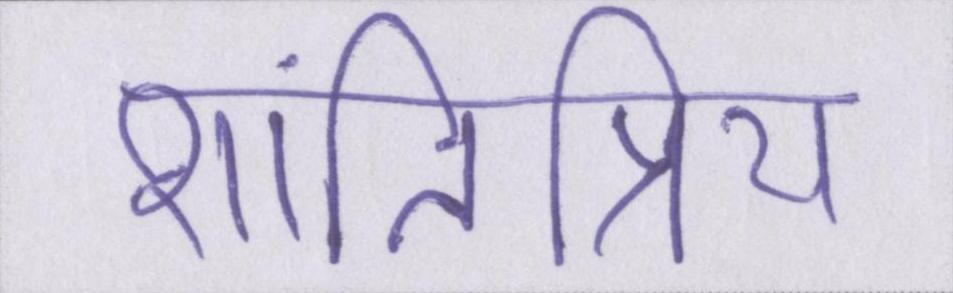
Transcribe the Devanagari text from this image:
शांतिप्रिय